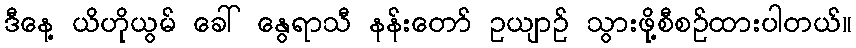
ဒီနေ့ ယိဟိုယွမ် ခေါ် နွေရာသီ နန်းတော် ဥယျာဉ် သွားဖို့စီစဉ်ထားပါတယ်။